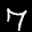
Label: 7